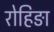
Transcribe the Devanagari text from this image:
रोहिङा